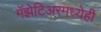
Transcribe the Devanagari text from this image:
गॅझेटिअरमध्येही